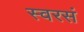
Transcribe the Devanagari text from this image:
स्वरसं